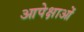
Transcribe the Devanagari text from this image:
आपेक्षाओं